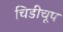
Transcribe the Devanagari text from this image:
चिडीचूप